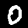
Label: 0